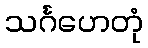
သင်္ဂဟေတုံ